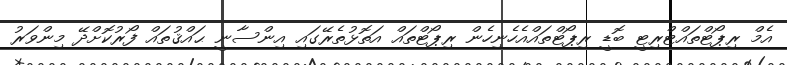
އެމް ރިޕޯޓްތައްޓްރިޓީ ބޮޑީ ރިޕޯޓްތައްއެހެނިހެން ރިޕޯޓްތައް އަތޮޅުތެރޭގައި އިންސާނީ ޙައްޤުތައް ފޯރުކޮށްދޭ މިންވަރު